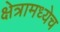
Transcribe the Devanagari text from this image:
क्षेत्रामध्येच